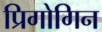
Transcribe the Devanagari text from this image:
प्रिगोगिन